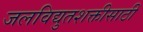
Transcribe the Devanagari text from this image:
जलविद्युतशक्तीसाठी